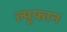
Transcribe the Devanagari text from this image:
ल्यूफान